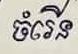
ចំរើន